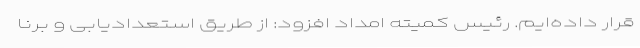
قرار داده‌ایم. رئیس کمیته امداد افزود: از طریق استعدادیابی و برنا